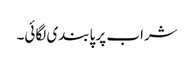
شراب پر پابندی لگائی۔